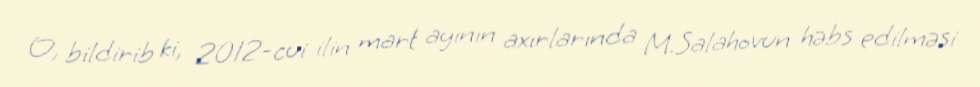
O, bildirib ki, 2012-cui ilin mart ayının axırlarında M.Salahovun həbs edilməsi